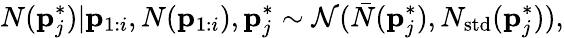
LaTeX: N(\mathbf{p}_{j}^{*})|\mathbf{p}_{1:i},N(\mathbf{p}_{1:i}),\mathbf{p}_{j}^{*}\sim\mathcal{N}(\bar{N}(\mathbf{p}_{j}^{*}),N_{\mathrm{std}}(\mathbf{p}_{j}^{*})),